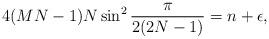
LaTeX: \begin{align*} 4(MN-1)N\sin^2\frac{\pi}{2(2N-1)}=n+\epsilon, \end{align*}